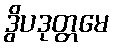
ဒွိပဒုတ္တမေ